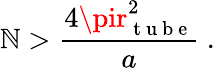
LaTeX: \mathbb{N}>\frac{{4\pir_{\mathrm{{~t~u~b~e~}}}^{2}}}{{a}}\ .